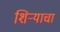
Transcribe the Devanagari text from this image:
शिर्‍याचा